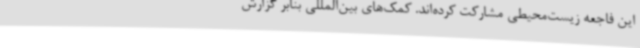
این فاجعه زیست‌محیطی مشارکت کرده‌اند. کمک‌های بین‌المللی بنابر گزارش